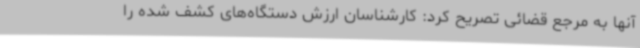
آنها به مرجع قضائی تصریح کرد: کارشناسان ارزش دستگاه‌های کشف شده را